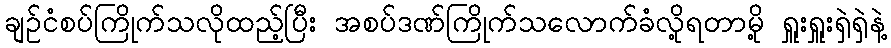
ချဉ်ငံစပ်ကြိုက်သလိုထည့်ပြီး အစပ်ဒဏ်ကြိုက်သလောက်ခံလို့ရတာမို့ ရှူးရှူးရှဲရှဲနဲ့